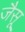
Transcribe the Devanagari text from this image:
जैसू